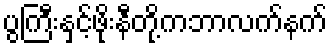
ပွကြီးနှင့်ဖိုးနီတို့ကဘာလက်နက်